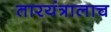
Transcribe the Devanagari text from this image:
तारयंत्रालाच